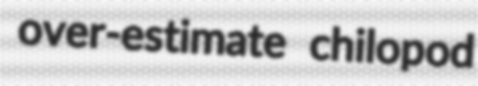
over-estimate chilopod